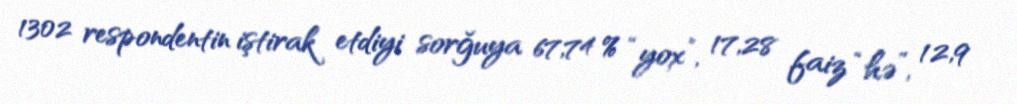
1302 respondentin iştirak etdiyi sorğuya 67,74 % “yox”, 17,28 faiz “hə”, 12,9